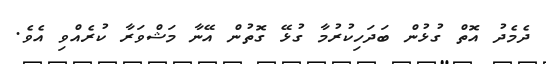
ދެމެދު އޮތް ގުޅުން ބަދަހިކުރުމާ ގުޅޭ ގޮތުން އޭނާ މަޝްވަރާ ކުރެއްވި އެވެ.